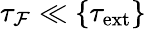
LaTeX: \tau_{\mathcal{F}}\ll\{ \tau_{\mathrm{{ext}}}\}